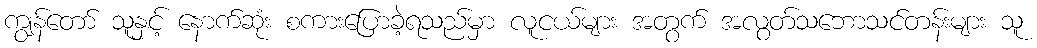
ကျွန်တော် သူနှင့် နောက်ဆုံး စကားပြောခဲ့ရသည်မှာ လူငယ်များ အတွက် အလွတ်သဘောသင်တန်းများ သူ